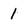
Character: 1